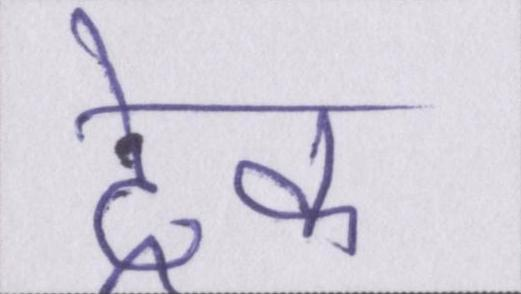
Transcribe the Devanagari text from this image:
ट्रेक